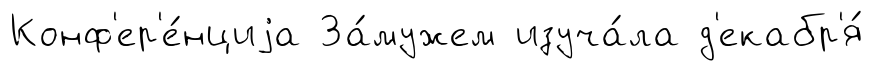
Конф'ер'е́нциjа За́мужем изуча́ла д'екабр'я́